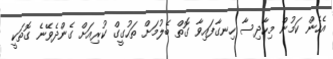
އެހެން ކަމުން މިހާދިސާ ހިނގާފައިވާ ގޮތް ބެލުމަށް ތަހުގީގް ކުރިއަށް ގެންދެވޭނެ ގޮތަކީ